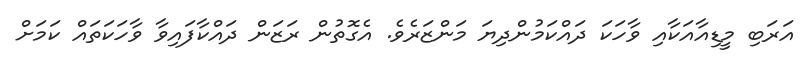
އަރަބި މީޑިއާއަކާއި ވާހަކަ ދައްކަމުންދިޔަ މަންޒަރެވެ. އެގޮތުން ރަޒަން ދައްކާފައިވާ ވާހަކަތައް ކަމަށް